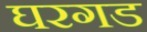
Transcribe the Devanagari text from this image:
घरगड